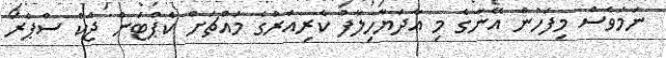
ނަމަވެސް މިފަހުން އޭނާގެ މި އާދަޔާހިލާފު ކެރިއަރުގެ މައްޗަށް ކެޕްޓަން ޖެކް ސްޕެރޯ